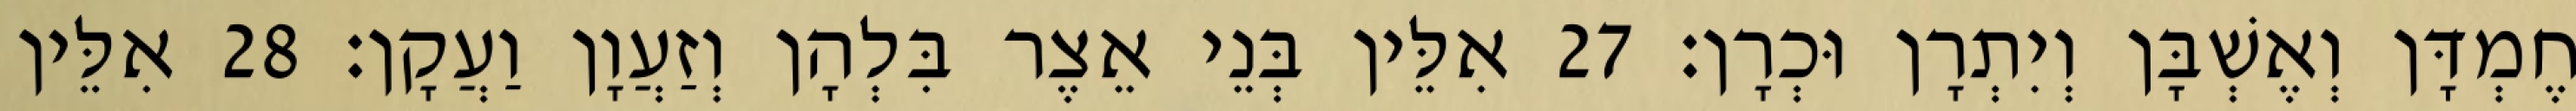
חֶמְדָּן וְאֶשְׁבָּן וְיִתְרָן וּכְרָן׃ 27 אִלֵּין בְּנֵי אֵצֶר בִּלְהָן וְזַעֲוָן וַעֲקָן׃ 28 אִלֵּין